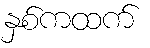
နှစ်ကထက်